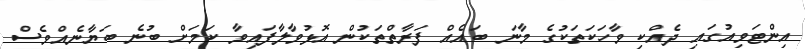
އިންޓަވިއުގައި ދެއްކި ވާހަކަތަކުގެ މާނަ ބައެއް ފަރާތްތަކުން އޮޅުވާލާފައިވާ ކަމަށް ބުނެ ބަޔާނެއްވެސް